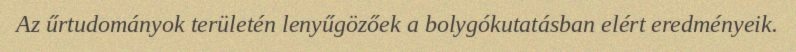
Az űrtudományok területén lenyűgözőek a bolygókutatásban elért eredményeik.